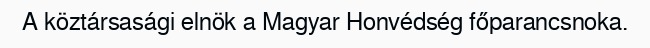
A köztársasági elnök a Magyar Honvédség főparancsnoka.